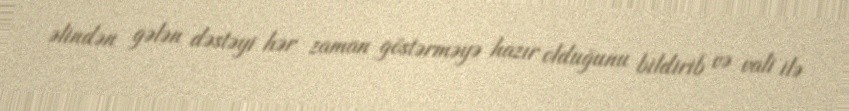
əlindən gələn dəstəyi hər zaman göstərməyə hazır olduğunu bildirib və vali ilə